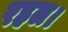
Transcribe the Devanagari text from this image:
रहल।